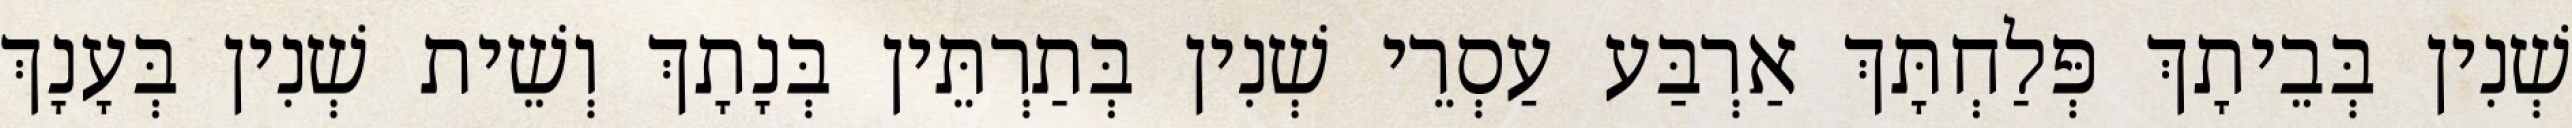
שְׁנִין בְּבֵיתָךְ פְּלַחְתָּךְ אַרְבַּע עַסְרֵי שְׁנִין בְּתַרְתֵּין בְּנָתָךְ וְשֵׁית שְׁנִין בְּעָנָךְ